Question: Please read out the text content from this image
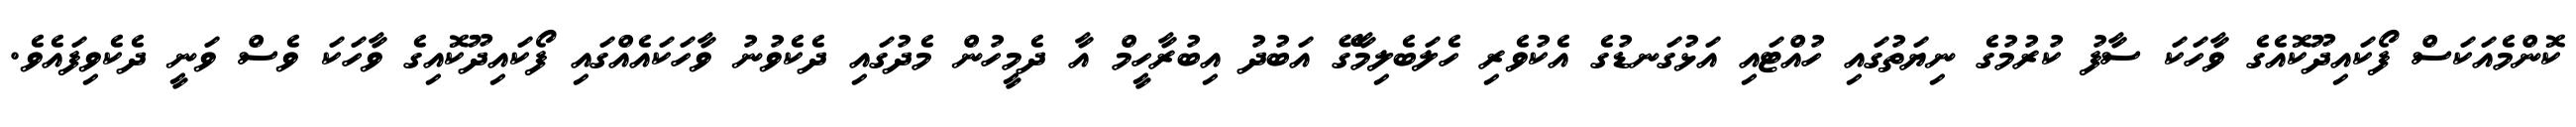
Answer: ކޮންމެއަކަސް ފޯކައިދޫކޮއެގެ ވާހަކަ ސާފު ކުރުމުގެ ނިޔަތުގައި ހުއްޓައި އަޅުގަނޑުގެ އެކުވެރި ހެލަބެލިމާގޭ އަބުދު އިބުރާހީމް އާ ދެމީހުން މެދުގައި ދެކެވުނު ވާހަކައެއްގައި ފޯކައިދޫކޮއިގެ ވާހަކަ ވެސް ވަނީ ދެކެވިފައެވެ.